Indian journal of veterinary science and animal husbandry - Volume 10,
Year: 1940
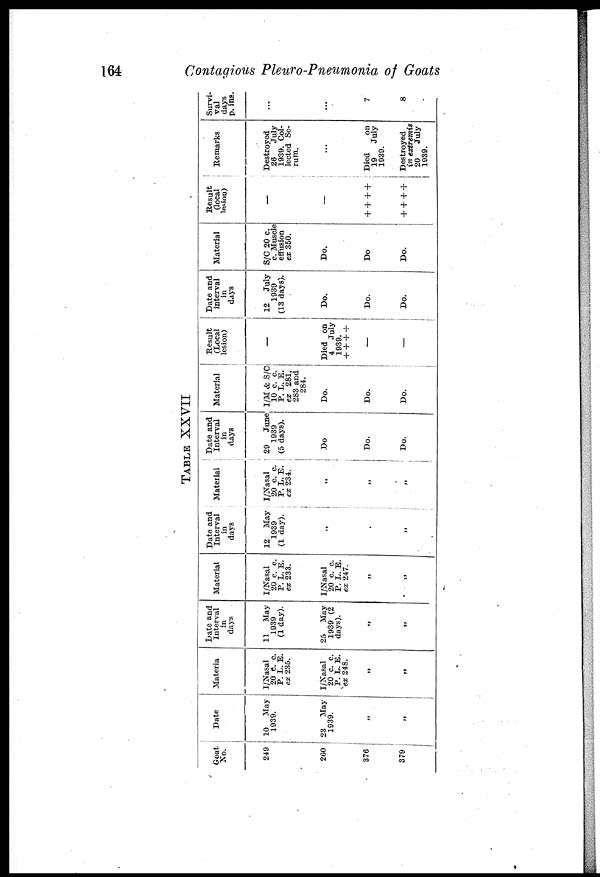
164
Contagious Pleuro-Pneumonia of Goats
TABLE XXVII
Goat
No.
249
260
376
379
Date
10 May
1939.
23 May
1939.
„
„
Material
I/Nasal
20 c. c.
P. L. E.
ex 235.
I/Nasal
20 c. c.
P. L. E.
ex 248.
„
„
Date and
Interval
in
days
11 May
1939
(1 day).
25 May
1939 (2
days).
„
„
Material
I/Nasal
20 c. c.
P. L. E.
ex 233.
I/Nasal
20 c. c.
P. L. E.
ex 247.
„
„
Date and
Interval
in
days
12 May
1939
(1 day).
„
„
„
Material
I/Nasal
20 c. c.
P. L. E.
ex 234.
„
„
„
Date and
Interval
in
days
29
June
1939
(5 days).
Do
Do.
Do.
Material
I/M & S/C
10 c. c.
P. L. E.
ex 281,
283 and
284.
Do.
Do.
Do.
Result
(Local
lesion)
—
Died on
4
July
1939.
+ + + +
—
—
Date and
interval
in
days
12
July
1939
(13 days).
Do.
Do.
Do.
Material
S/C 20 c.
c. Muscle
effusion
ex 350.
Do.
Do
Do.
Result
(local
lesion)
—
—
+ + + +
+ + + +
Remarks
Destroyed
26
July
1939. Col-
lected Se-
rum.
...
Died
on
19
July
1939.
Destroyed
in extremis
20
July
1939.
Survi-
val
days
p.ins.
...
...
7
8